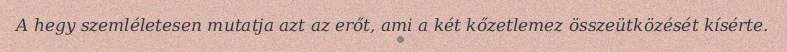
A hegy szemléletesen mutatja azt az erőt, ami a két kőzetlemez összeütközését kísérte.